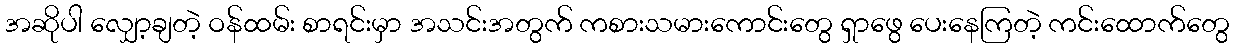
အဆိုပါ လျှော့ချတဲ့ ဝန်ထမ်း စာရင်းမှာ အသင်းအတွက် ကစားသမားကောင်းတွေ ရှာဖွေ ပေးနေကြတဲ့ ကင်းထောက်တွေ